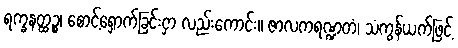
ရက္ခနတ္ထဉ္စ၊ စောင့်ရှောက်ခြင်းငှာ လည်းကောင်း။ ဇာလကရဏ္ဍတံ၊ သံကွန်ယက်ဖြင့်